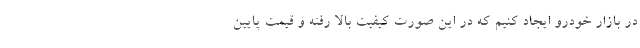
در بازار خودرو ایجاد کنیم که در این صورت کیفیت بالا رفته و قیمت پایین